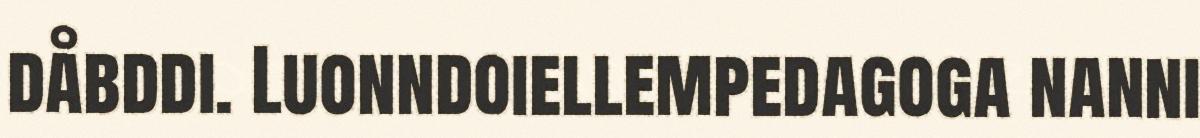
dåbddi. Luonndoiellempedagoga nanni